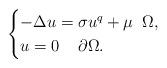
LaTeX: \begin{align*} \begin{cases}-\Delta u = \sigma u^{q} + \mu \;\; \Omega, \\ u = 0 \;\; \;\; \partial\Omega.\end{cases}\end{align*}